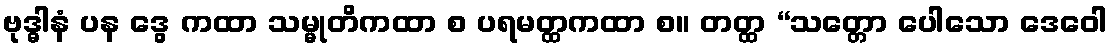
ဗုဒ္ဓါနံ ပန ဒွေ ကထာ သမ္မုတိကထာ စ ပရမတ္ထကထာ စ။ တတ္ထ “သတ္တော ပေါသော ဒေဝေါ